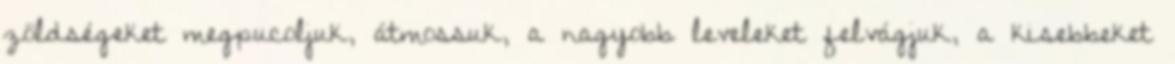
zöldségeket megpucoljuk, átmossuk, a nagyobb leveleket felvágjuk, a kisebbeket